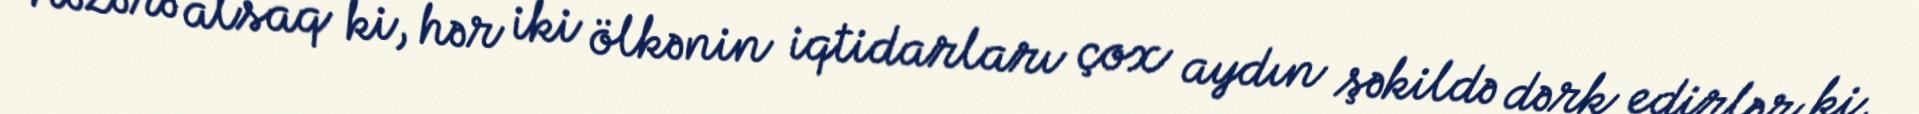
Nəzərə alsaq ki, hər iki ölkənin iqtidarları çox aydın şəkildə dərk edirlər ki,